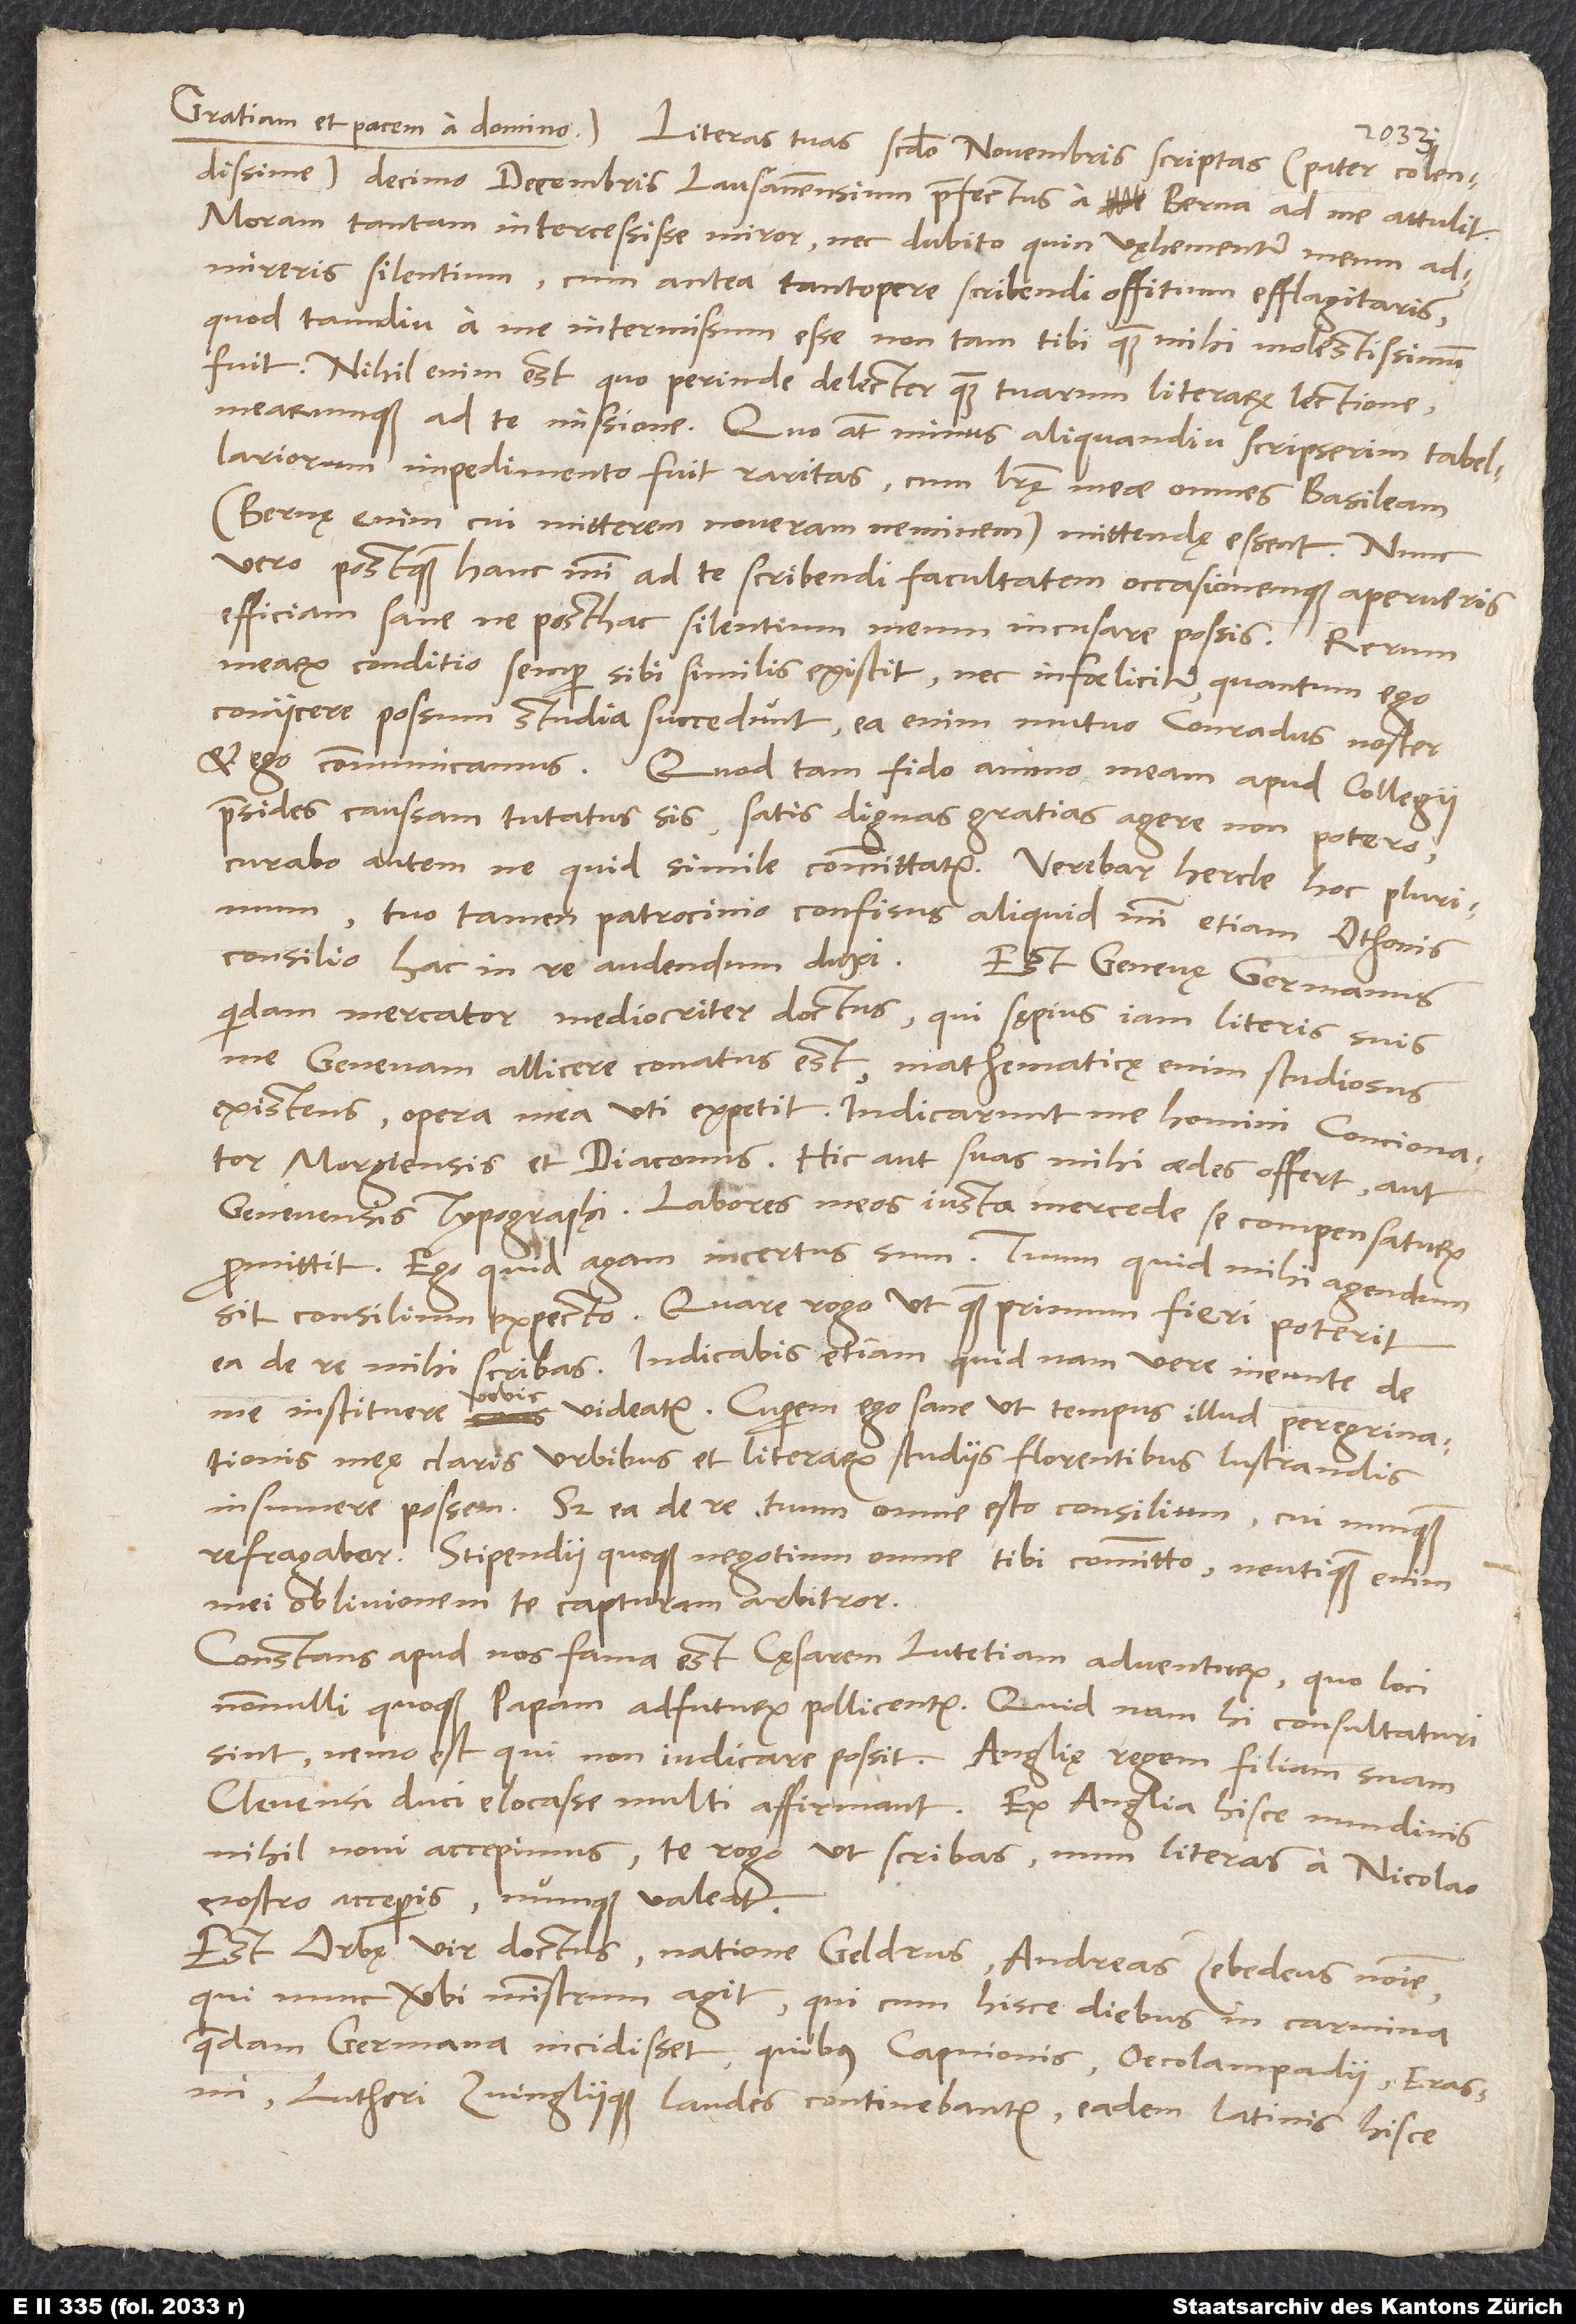
colendissime, decimo decembris Lausannensium praefectus a Berna ad me attulit.
Moram tantam intercessisse miror nec dubito, quin vęhementer meum
admireris silentium, cum antea tantopere scribendi offitium efflagitaris,
quod tamdiu a me intermissum esse non tam tibi quam mihi molestissimum
fuit. Nihil enim est, quo perinde delector quam tuarum literarum lectione
mearumque ad te missione. Quo autem minus aliquandiu scripserim, tabellariorum
impedimento fuit raritas, cum literę meae omnes Basileam
(Bernę enim cui mitterem, noveram neminem) mittendę essent. Nunc
vero, postquam hanc mihi ad te scribendi facultatem occasionemque aperueris,
efficiam sane, ne posthac silentium meum incusare possis.
mearum conditio semper sibi similis existit, nec infoeliciter, quantum ego
coniicere possum, studia succedunt; ea enim mutuo Conradus noster
et ego communicamus. Quod tam fido animo meam apud collegii
praesides caussam tutatus sis, satis dignas gratias agere non potero;
curabo autem, ne quid simile committatur. Verebar hercle hoc plurimum;
tuo tamen patrocinio confisus aliquid mihi etiam Othonis
consilio hac in re audendum duxi.
Est Genevę Germanus
quidam mercator mediocriter doctus, qui sępius iam literis suis
me Genevam allicere conatus est; mathematicę enim studiosus
existens opera mea uti expetit. Indicarunt me homini concionator
Morgiensis et diaconus. Hic aut suas mihi aedes offert aut
Genevensis typographi. Labores meos iusta mercede se compensaturum
promittit. Ego, quid agam, incertus sum. Tuum, quid mihi agendum
sit, consilium expecto. Quare rogo, ut, quam primum fieri poterit,
ea de re mihi scribas. Indicabis etiam, quid nam vere ineunte de
vobis
meę claris urbibus et literarum studiis florentibus lustrandis
insumere possem. Sed ea de re tuum omne esto consilium, cui nunquam
refragabor. Stipendii quoque negotium omne tibi committo; neutiquam enim
mei oblivionem te capturam arbitror.
Constans apud nos fama est cęsarem Lutetiam adventurum, quo loci
nonnulli quoque papam adfuturum pollicentur. Quid nam hi consultaturi
sint, nemo est, qui non iudicare possit. Anglię regem filiam suam
Clevensi duci elocasse multi affirmant. Ex Anglia hisce nundinis
nihil novi accepimus; te rogo, ut scribas, num literas a Nicolao
nostro acceperis numque valeat.
Est Orbę vir doctus natione Geldrus, Andreas Zebedeus nomine,
qui nunc verbi ministrum agit, qui, cum hisce diebus in carmina
quaedam Germana incidisset, quibus Capnionis, Oecolampadii, Erasmi,
Lutheri Zvingliique laudes continebantur, eadem latinis hisce